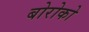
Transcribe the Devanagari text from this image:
बोरोको